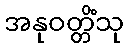
အနုဝတ္တိံသု